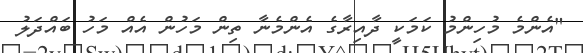
"އެންމެ މުހިންމު ކަމަކީ ދާއިރާގެ އެންމެނާ ތިން މަހުން އެއް މަހު ބައްދަލު